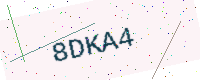
Text: 8DKA4